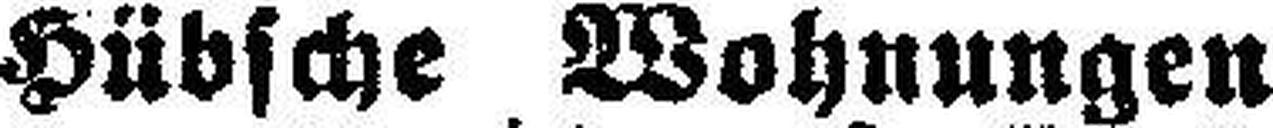
Hübsche Wohnungen